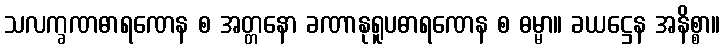
သလက္ခဏဓာရဏေန စ အတ္တနော ခဏာနုရူပဓာရဏေန စ ဓမ္မာ။ ခယဋ္ဌေန အနိစ္စာ။